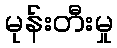
မုန်းတီးမှု